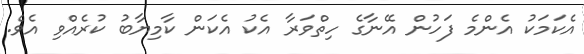
އެކަމަކު އެންމެ ފަހުން އޭނާގެ ހިތްވަރާ އެކު އެކަން ކާމިޔާބު ކުރެއްވި އެވެ.